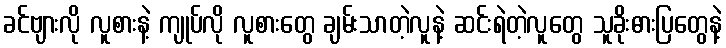
ခင်ဗျားလို လူစားနဲ့ ကျုပ်လို လူစားတွေ ချမ်းသာတဲ့လူနဲ့ ဆင်းရဲတဲ့လူတွေ သူခိုးဓားပြတွေနဲ့